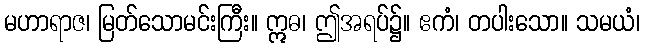
မဟာရာဇ၊ မြတ်သောမင်းကြီး။ ဣဓ၊ ဤအရပ်၌။ ဧကံ၊ တပါးသော။ သမယံ၊